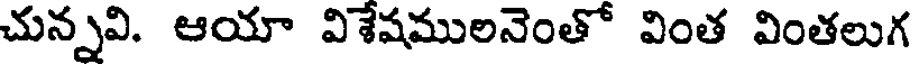
చున్నవి. ఆయా విశేషములనెంతో వింత వింతలుగ